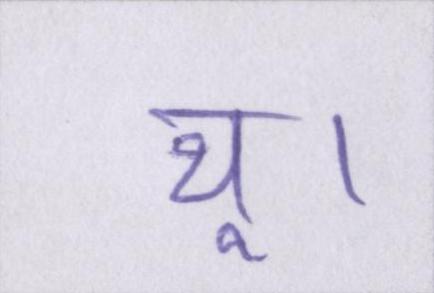
थू।